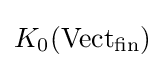
K_{0}(\mathrm {Vect} _{\mathrm {fin} })